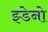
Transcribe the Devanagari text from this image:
झ्डेनो